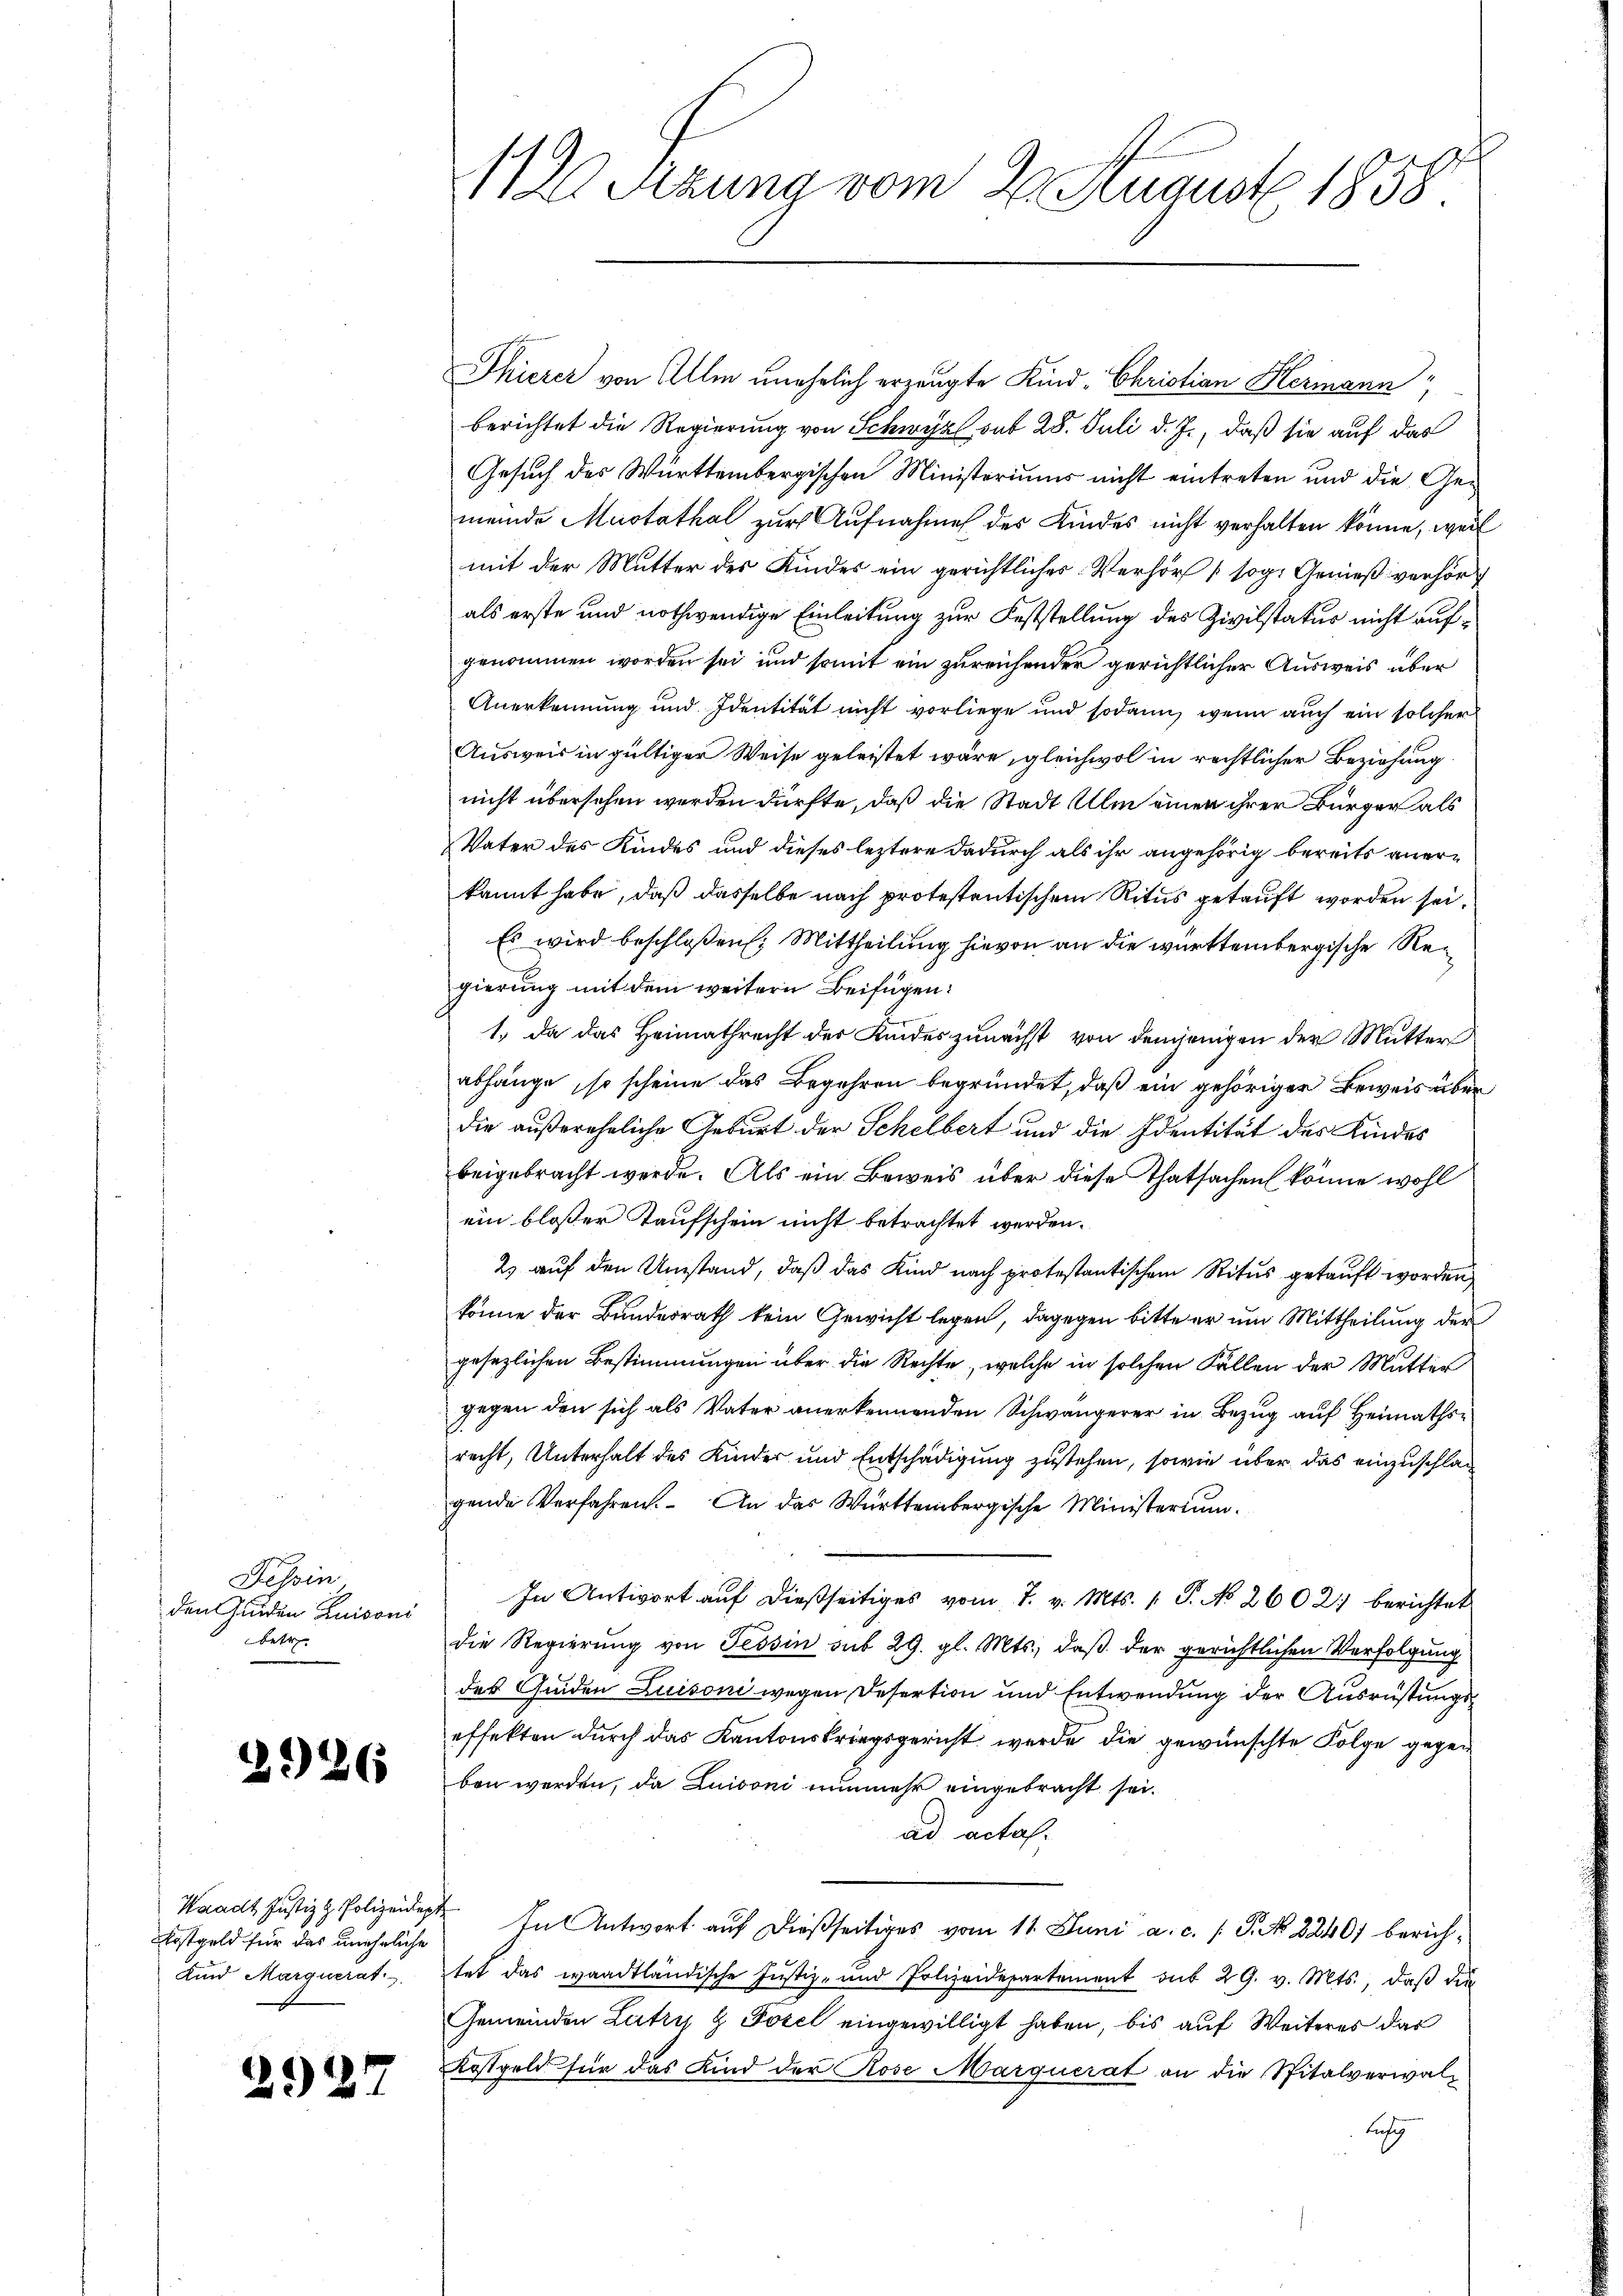
Tessin
den Gunden Zuisoni
betr

2926

Waadt Justiz & Polizeidep
kostgeld für das uneheliche
Kind Marquerat

2927

112 Sitzung vom 2. August 1858.

Thierer von Alle unehelich erzeugte Kind. Christian Hermann
berichtet die Regierung von Schwyz mit 28. Juli d. J., daß sie auf das
Gesuch des Württembergischen Ministoriums nicht eintreten und die Gemeinde Mustathal zur Aufnahme der Kindes nicht verhalten könne, weil
mit der Mutter des Kindes ein gerichtliches Verhör sog. Genieß verhör
als erste und nothwendige Einleitung zur Feststellung des Zivilstatus nicht aufgenommen worden sei und somit ein zureichender gerichtlicher Ausweis über
Anerkennung und Identität nicht vorliege und sodann, wenn auch ein solcher
Ausweis in gültiger Weise geleistet wäre, gleichwol in rechtlicher Beziehung
nicht übersehen werden dürfte, daß die Stadt Ulm einen ihrer Bürger als
Vater des Kindes und dieses leztere dadurch als ihr angehörig bereits anerkannt habe, daß dasselbe nach protestentischem Ritus getauft worden sei.
Es wird beschloßen: Mittheilung hievon an die württembergische Regierung mit dem weitern Beifügen:
1.) Da das Heimathrecht des Kindes zunächst von denjenigen der Mutter
abhänge, so scheine das Begehren begründet, daß ein gehöriger Beweis überdie außereheliche Geburt der Schelbert und die Identität des Kindes
beigebracht werde. Als ein Beweis über diese Thatsachen könne wohl
ein blosser Taufschein nicht betrachtet werden.
2) auf den Umstand, daß das Kind nach protestantischem Ritus gekauft worden
könne der Bundesrath kein Gewicht legen, dagegen bitte er um Mittheilung der
gesezlichen Bestimmungen über die Rechte, welche in solchen Fällen der Mutter
gegen den sich als Vater anerkennenden Schwängerer in Bezug auf Heimaths
recht, Unterhalt des Kinder und Entschädigung zustehen, sowie über das einzuschlagende Verfahren. An das Württembergische Ministerium.
In Antwort auf dießseitiges vom 7. v. Mts. 1. P. No 2602. berichtet
die Regierung von Tessin sub 29. gl. Mts., daß der gerichtlichen Verfolgung
der Guiden Luisoni wegen Desertion und Entwendung der Ausrüstungseffekten durch das Kantonskriegsgericht werde die gewünschte Folge gegeben werden, da Luisoni nunmehr eingebracht sei.
ad acta.
 In Antwort auf dießseitiges vom 11. Juni a. c. P. No 8240) berichtet das waadtländische Justiz- und Polizeidepartement sub 29. v. Mts., daβ die
Gemeinden Lutz & Fozel eingewilligt haben, bis auf Weiteres das
Kostgeld für das Kind der Rose Marquerat an die Spitalverwal¬
Lusg